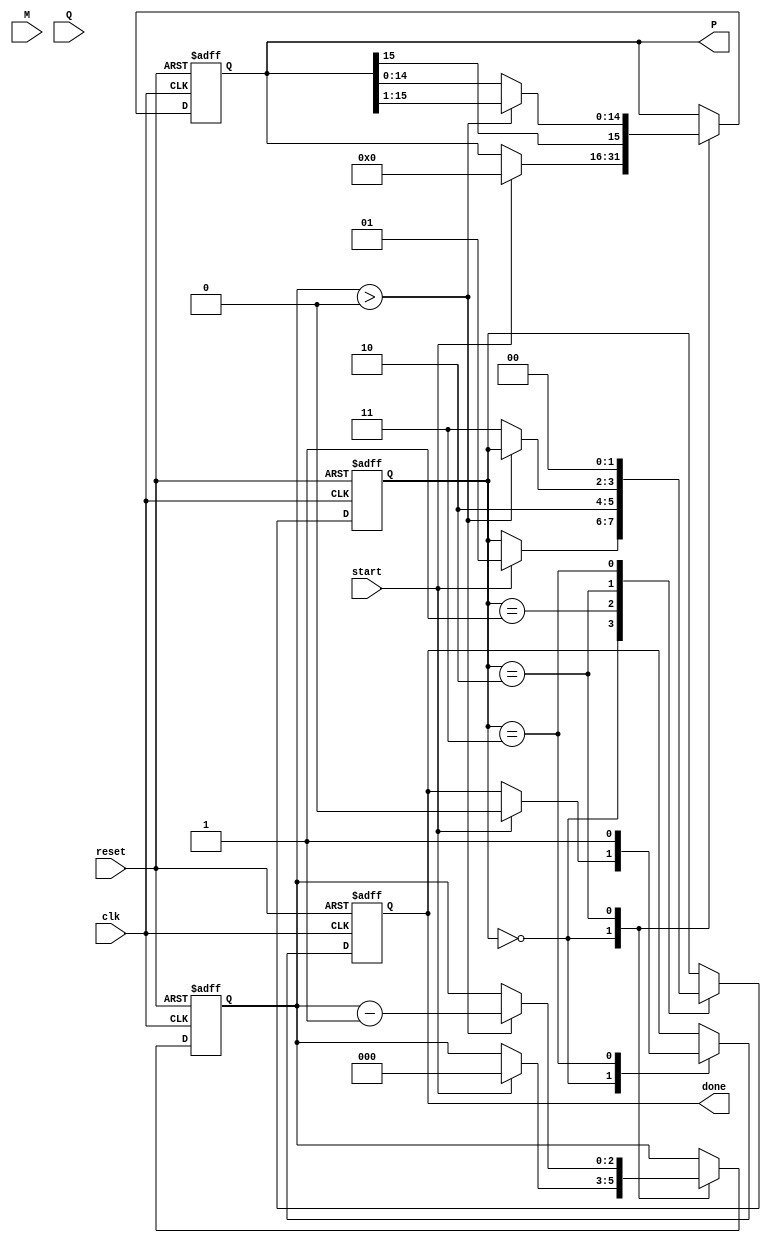
module booth_multiplier #(parameter WIDTH = 8) (
    input wire clk,
    input wire reset,
    input wire start,
    input wire signed [WIDTH-1:0] M,  // Multiplicand
    input wire signed [WIDTH-1:0] Q,  // Multiplier
    output reg signed [2*WIDTH-1:0] P, // Product
    output reg done // Operation complete signal
);

    // Internal registers
    reg signed [WIDTH-1:0] A;      // A Register
    reg signed [WIDTH-1:0] Q_reg;   // Q Register
    reg Q_1;                       // Q-1 Register
    reg [2:0] count;               // Count for iterations
    reg [1:0] state;               // FSM state

    // FSM states
    localparam IDLE = 2'b00,
               INIT = 2'b01,
               EXECUTE = 2'b10,
               DONE = 2'b11;

    // Sequential logic for state transitions
    always @(posedge clk or posedge reset) begin
        if (reset) begin
            A <= 0;
            Q_reg <= 0;
            Q_1 <= 0;
            P <= 0;
            count <= 0;
            state <= IDLE;
            done <= 0;
        end else begin
            case (state)
                IDLE: begin
                    if (start) begin
                        // Initialize registers
                        A <= M;           // Load multiplicand
                        Q_reg <= Q;       // Load multiplier
                        Q_1 <= 0;         // Initialize Q-1
                        P <= 0;           // Clear product
                        count <= WIDTH;   // Set count to bit-width
                        state <= INIT;
                        done <= 0;
                    end
                end

                INIT: begin
                    // Move to EXECUTE state
                    state <= EXECUTE;
                end

                EXECUTE: begin
                    if (count > 0) begin
                        // Booth's algorithm operations
                        case ({Q_reg[0], Q_1}) // Q and Q-1
                            2'b01: P <= P + A;       // Add M to P
                            2'b10: P <= P - A;       // Subtract M from P
                            2'b00: P <= P;           // No operation
                            2'b11: P <= P;           // No operation
                        endcase

                        // Arithmetic right shift (P, Q_reg, Q_1)
                        {P, Q_reg} <= {P[2*WIDTH-1], P[2*WIDTH-1:1], Q_reg[WIDTH-1], Q_reg[WIDTH-1:1]}; // Shift P and Q
                        Q_1 <= Q_reg[0]; // Update Q-1
                        count <= count - 1; // Decrement count
                    end else begin
                        // Move to DONE state
                        state <= DONE;
                    end
                end

                DONE: begin
                    done <= 1; // Signal that multiplication is complete
                    state <= IDLE; // Go back to IDLE state
                end
            endcase
        end
    end
endmodule